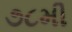
૭૮મી